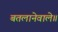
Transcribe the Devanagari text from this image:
बतलानेवाले॥